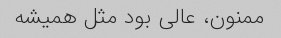
ممنون، عالی بود مثل همیشه